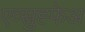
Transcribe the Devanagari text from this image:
एव्स्रुह्फेअ